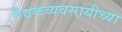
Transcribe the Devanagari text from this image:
वैद्यकव्यवसायीच्या